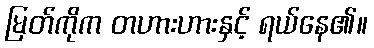
မြတ်ကိုက တဟားဟားနှင့် ရယ်နေ၏။